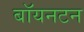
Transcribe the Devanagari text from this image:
बॉयनटन